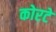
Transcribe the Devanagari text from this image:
कोरटे